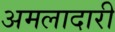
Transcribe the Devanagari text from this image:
अमलादारी